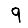
Digit: 9